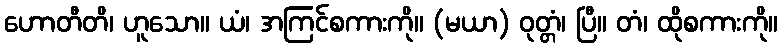
ဟောတီတိ၊ ဟူသော။ ယံ၊ အကြင်စကားကို။ (မယာ) ဝုတ္တံ၊ ပြီ။ တံ၊ ထိုစကားကို။